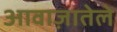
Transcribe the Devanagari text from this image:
आवाज़ातेले